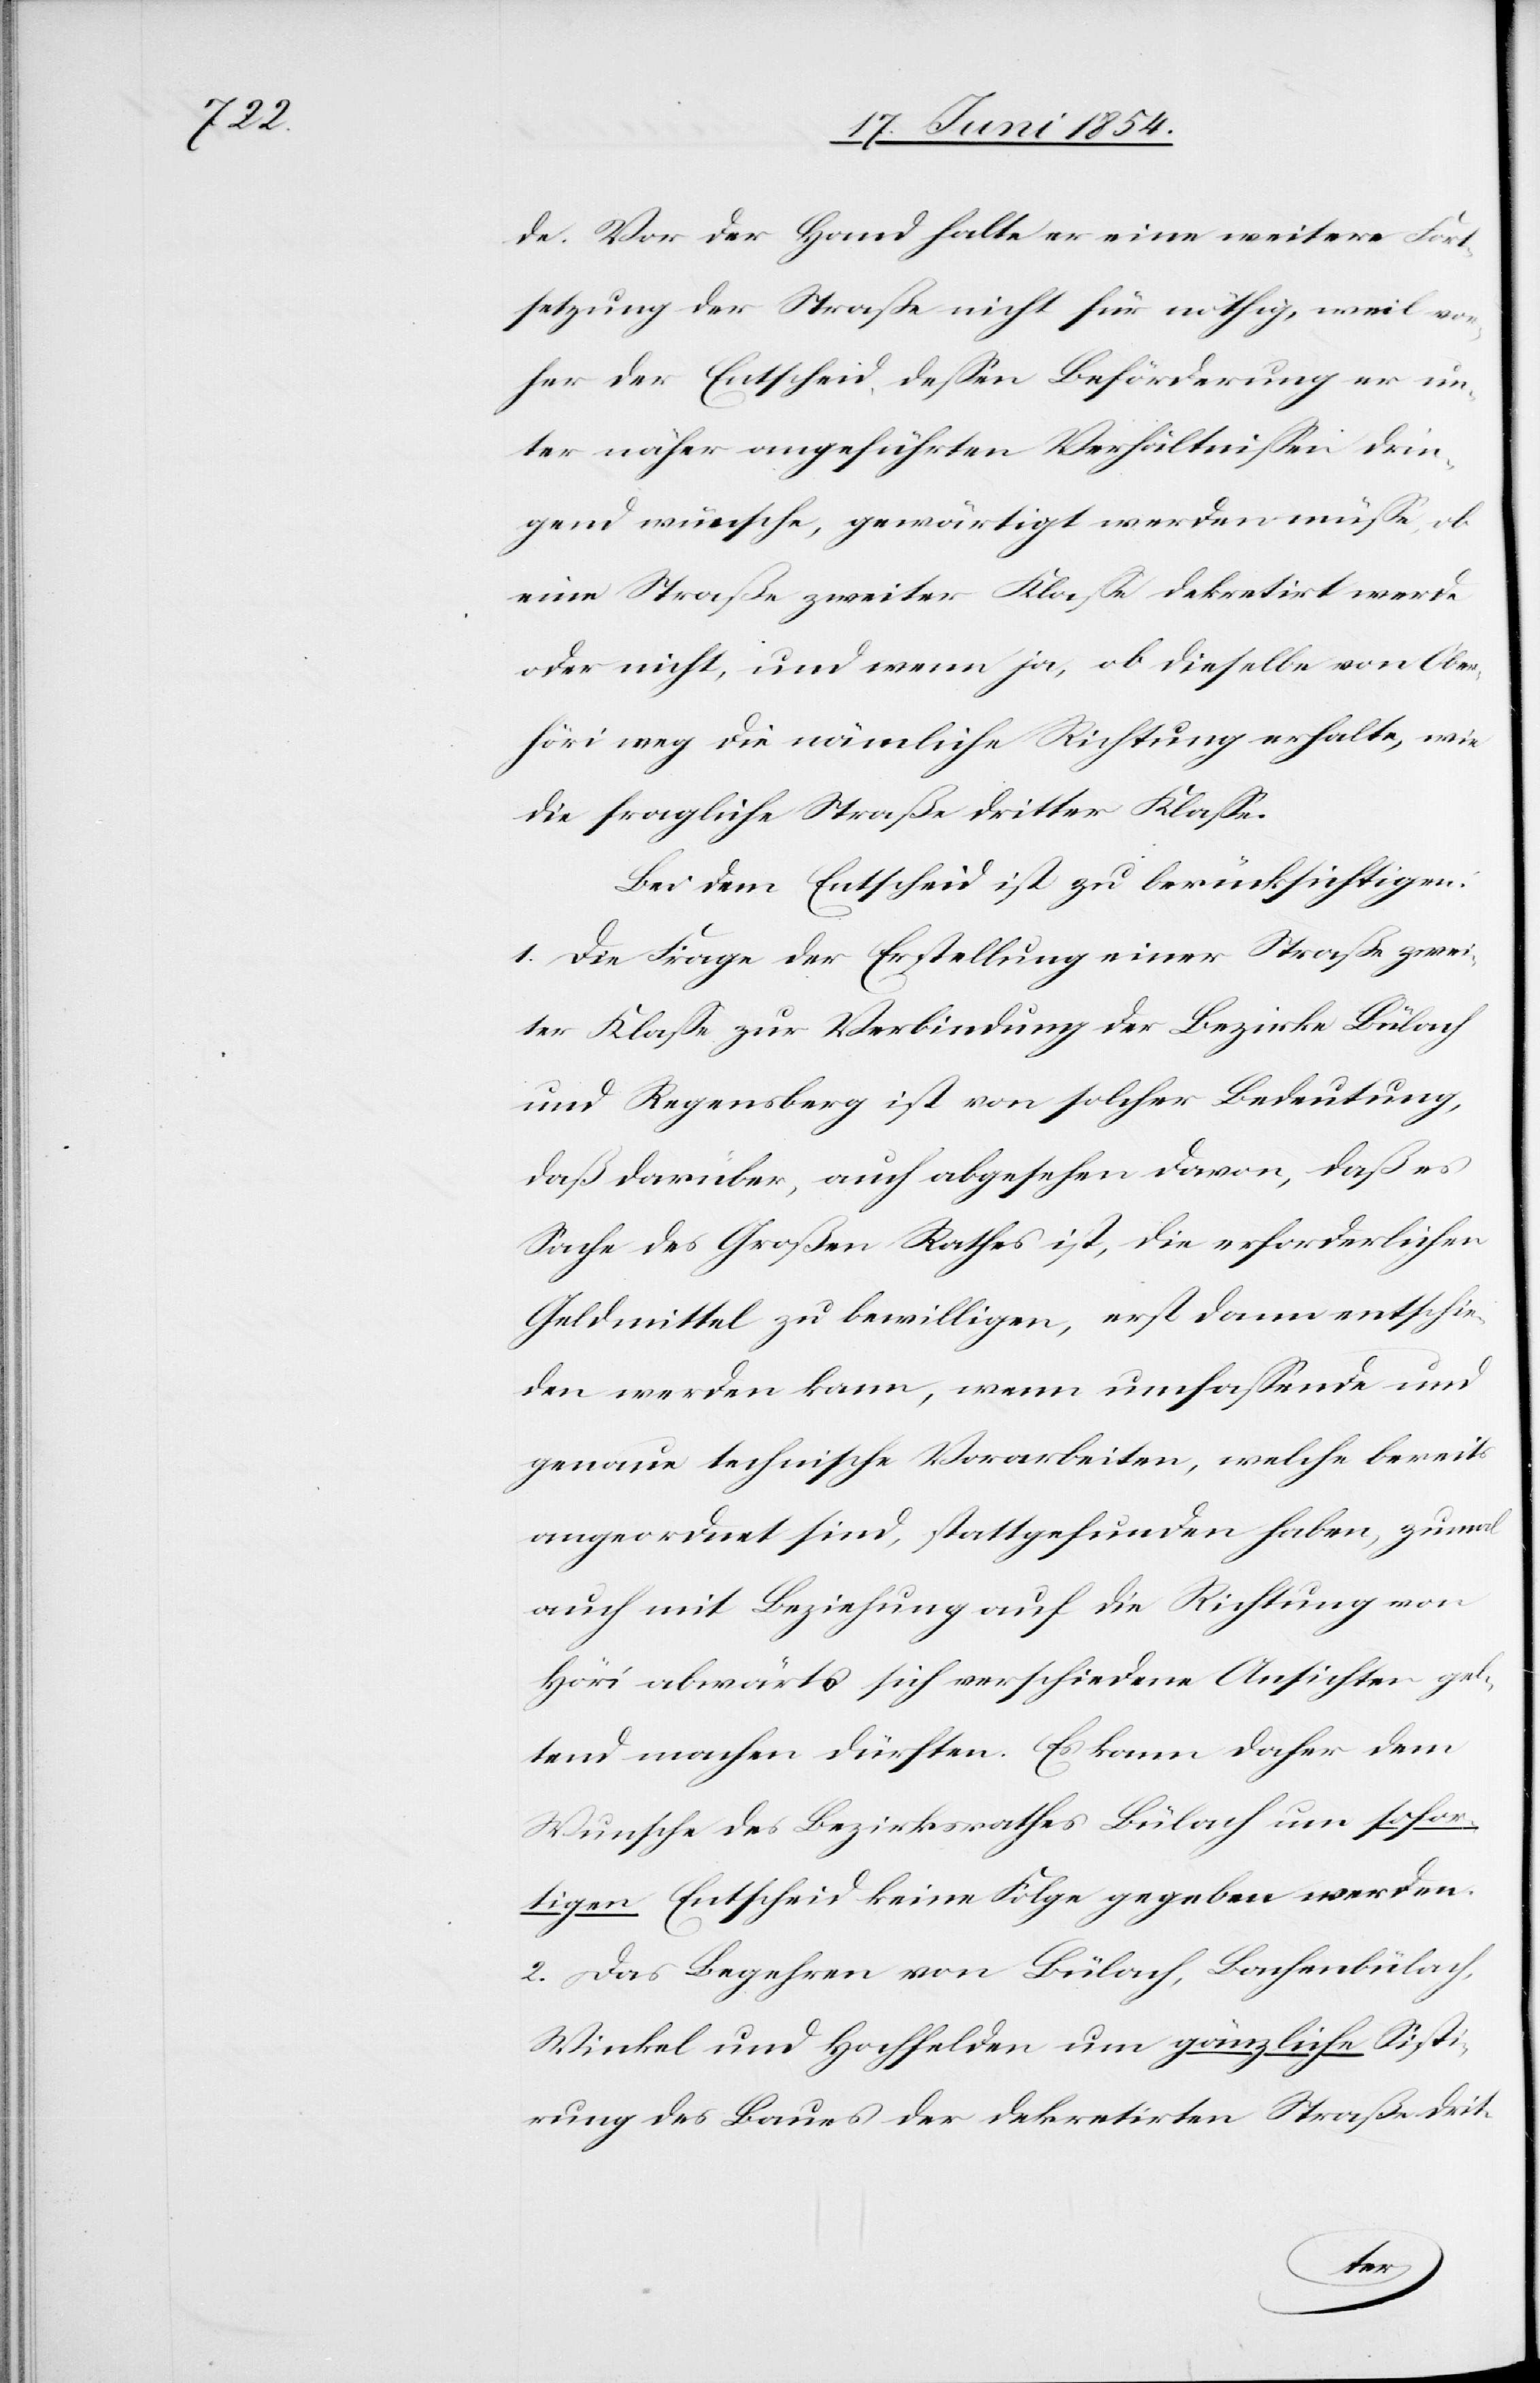
de. Vor der Hand halte er eine weitere Fort¬
setzung der Straße nicht für nöthig, weil vor¬
her der Entscheid deßen Beförderung er un¬
ter näher angeführten Verhältnißen drin¬
gend wünsche, gewärtigt werden müße, ob
eine Straße zweiter Klaße dekretirt werde
oder nicht, und wenn ja, ob dieselbe von Ober¬
höri weg die nämliche Richtung erhalte, wie
die fragliche Straß dritter Klaße.
Bei dem Entscheid ist zu berücksichtigen:
1. Die Frage der Erstellung einer Straße zwei¬
ter Klaße zur Verbindung der Bezirke Bülach
und Regensberg ist von solcher Bedeutung,
daß darüber, auch abgesehen davon, daß es
Sache des Großen Rathes ist, die erforderlichen
Geldmittel zu bewilligen, erst dann entschie¬
den werden kann, wenn umfaßende und
genaue technische Vorarbeiten, welche bereits
angeordnet sind, stattgefunden haben, zumal
auch mit Beziehung auf die Richtung von
Höri abwärts sich verschiedene Ansichten gel¬
tend machen dürften. Es kann daher dem
Wunsche des Bezirksrathes Bülach um sofor¬
tigen Entscheid keine Folge gegeben werden.
2. Das Begehren von Bülach, Bachenbülach,
Winkel und Hochfelden um gänzliche Sisti¬
rung des Baues der dekretirten Straße drit-